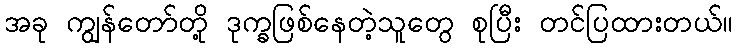
အခု ကျွန်တော်တို့ ဒုက္ခဖြစ်နေတဲ့သူတွေ စုပြီး တင်ပြထားတယ်။